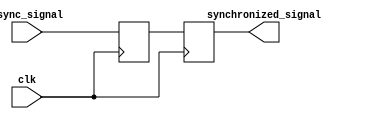
module two_flop_synchronizer (
    input wire clk,
    input wire async_signal,
    output reg synchronized_signal
);

reg flop1;
reg flop2;

always @(posedge clk) begin
    flop1 <= async_signal;
end

always @(posedge clk) begin
    flop2 <= flop1;
end

assign synchronized_signal = flop2;

endmodule